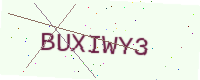
Text: BUXIWY3